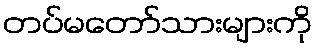
တပ်မတော်သားများကို